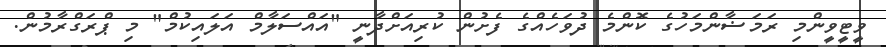
ވީޓީވީންމި ރަމަޟާންމަހުގެ ކޮންމެ ދުވަހެއްގެ ފެށުން ކުރިއަށްދާނީ "އައްސަލާމް އަލައިކުމް" މި ޕްރަގްރާމުން.